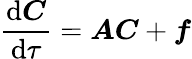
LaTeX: \frac{\mathrm{d}\boldsymbol{C}}{\mathrm{d}\tau}=\boldsymbol{A}\boldsymbol{C}+\boldsymbol{f}